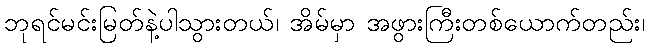
ဘုရင်မင်းမြတ်နဲ့ပါသွားတယ်၊ အိမ်မှာ အဖွားကြီးတစ်ယောက်တည်း၊